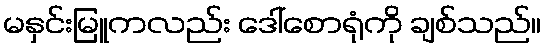
မနှင်းမြူကလည်း ဒေါ်စောရုံကို ချစ်သည်။